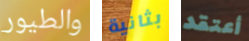
والطيور بثانية أعتقد